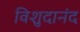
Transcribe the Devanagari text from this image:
विशुदानंद